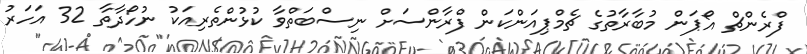
ފްރެންޗް އޯޕަން މުބާރާތުގެ ޗެމްޕިއަންކަން ފްރާންސަށް ނިސްބަތްވާ ކުޅުންތެރިއަކު ނުހޯދާތާ 32 އަހަރު